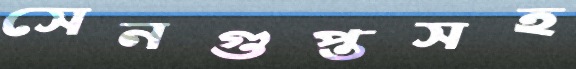
সেনগুপ্তসহ